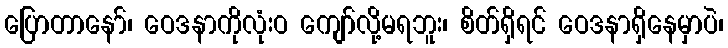
ပြောတာနော်၊ ဝေဒနာကိုလုံးဝ ကျော်လို့မရဘူး၊ စိတ်ရှိရင် ဝေဒနာရှိနေမှာပဲ၊